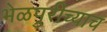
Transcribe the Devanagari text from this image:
भेळपुरीच्याच